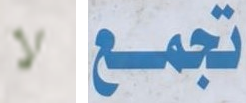
لا تجمع